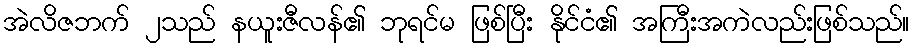
အဲလိဇဘက် ၂သည် နယူးဇီလန်၏ ဘုရင်မ ဖြစ်ပြီး နိုင်ငံ၏ အကြီးအကဲလည်းဖြစ်သည်။